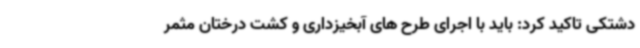
دشتکی تاکید کرد: باید با اجرای طرح های آبخیزداری و کشت درختان مثمر